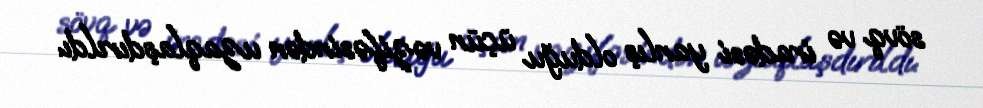
sövq və iradəsi yanlış olduğu üçün vəzifəsindən uzaqlaşdırıldı.